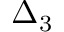
\Delta _ { 3 }